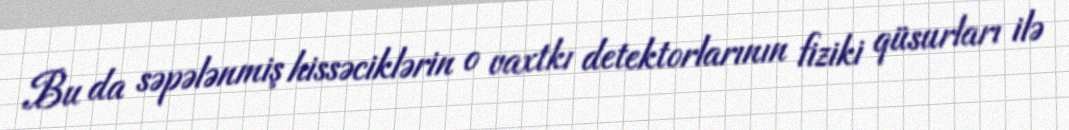
Bu da səpələnmiş hissəciklərin o vaxtkı detektorlarının fiziki qüsurları ilə